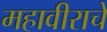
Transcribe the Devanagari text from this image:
महावीराचे